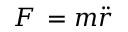
F \, = m { \ddot { r } }